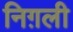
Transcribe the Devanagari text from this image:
निग़ली